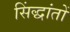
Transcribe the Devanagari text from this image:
सिंद्धांतों